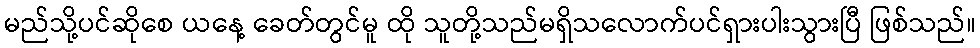
မည်သို့ပင်ဆိုစေ ယနေ့ ခေတ်တွင်မူ ထို သူတို့သည်မရှိသလောက်ပင်ရှားပါးသွားပြီ ဖြစ်သည်။